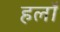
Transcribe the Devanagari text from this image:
हलाँ